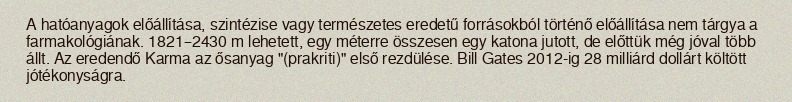
A hatóanyagok előállítása, szintézise vagy természetes eredetű forrásokból történő előállítása nem tárgya a farmakológiának. 1821–2430 m lehetett, egy méterre összesen egy katona jutott, de előttük még jóval több állt. Az eredendő Karma az ősanyag "(prakriti)" első rezdülése. Bill Gates 2012-ig 28 milliárd dollárt költött jótékonyságra.